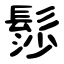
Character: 髿